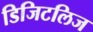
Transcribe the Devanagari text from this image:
डिजिटलिज